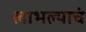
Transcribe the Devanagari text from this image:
लाभल्याचं